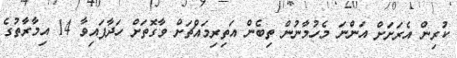
ކުރިން އެރަށަށް އަންނަ މެހުމާނުން ތިބެން އަތިރިމައްޗަށް ވާގޮތަށް ހަދާފައިވާ 14 އިމާރާތުގެ